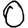
Digit: 0